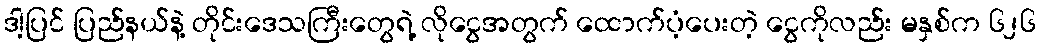
ဒါ့ပြင် ပြည်နယ်နဲ့ တိုင်းဒေသကြီးတွေရဲ့ လိုငွေအတွက် ထောက်ပံ့ပေးတဲ့ ငွေကိုလည်း မနှစ်က ၆၂၆